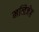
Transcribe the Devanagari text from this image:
मनिजेह